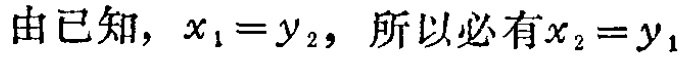
由已知，$x_{1}=y_{2}$，所以必有$x_{2}=y_{1}$